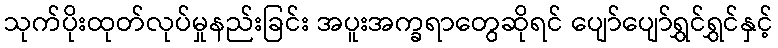
သုက်ပိုးထုတ်လုပ်မှုနည်းခြင်း အပူးအက္ခရာတွေဆိုရင် ပျော်ပျော်ရွှင်ရွှင်နှင့်